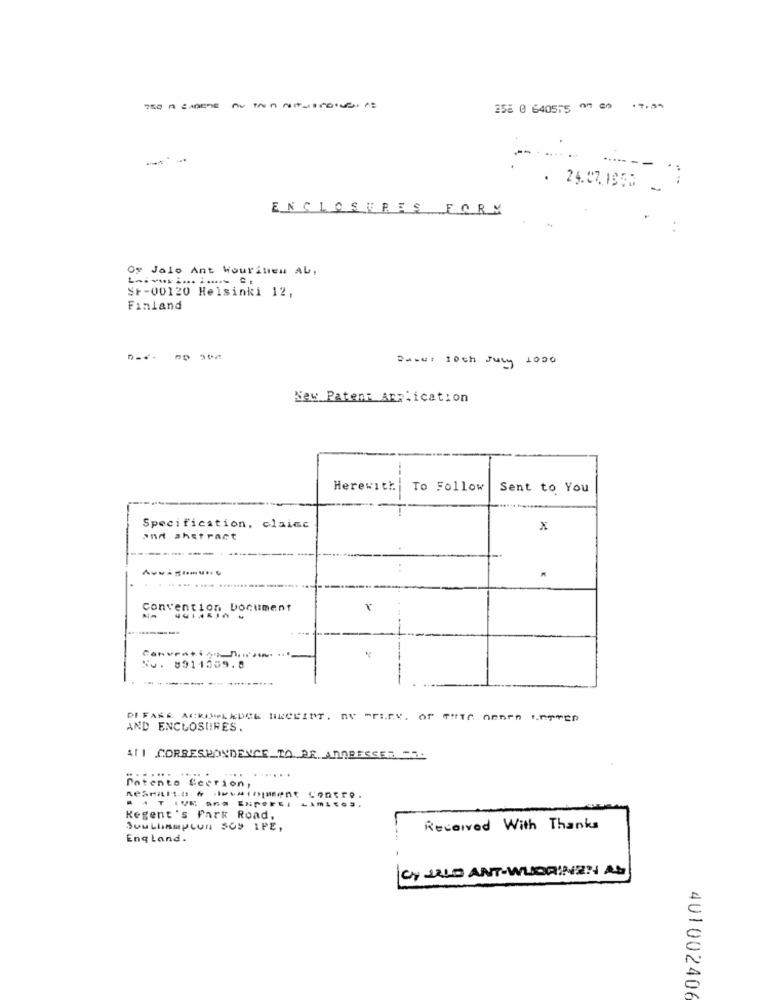
750 A SAPERE AU TA A NITTIFOIVELICE
258 0 640575 0 2
. 24.07. 1650
ENCLOSURES FORM
Of Jalo Ant Wourinen AL.
St-00120 Helsinki 12,
Finland
Darus 10th July 1000
New Patent Application
Herewith
To Follow
Sent to You
Specification, claimc
X
and ahstract
-------
Convention Document
-
No. 0911259.8
----
---....
AND ENCLOSURES.
AII CORRESPONDENCE TO BE ADDRESSED ".
......
.... .
Patento Section,
Regent's Park Road,
Southampton SO9 1PE,
Received With Thanks
England.
CY JELO ANT-WUDRINEN AS
401002406